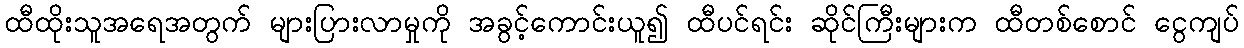
ထီထိုးသူအရေအတွက် များပြားလာမှုကို အခွင့်ကောင်းယူ၍ ထီပင်ရင်း ဆိုင်ကြီးများက ထီတစ်စောင် ငွေကျပ်